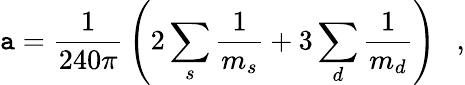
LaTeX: \mathtt{a}={\frac{{1}}{{240\pi}}}\left(2\sum_{s}{\frac{{1}}{{m_{s}}}}+3\sum_{d}{\frac{{1}}{{m_{d}}}}\right)~~~,